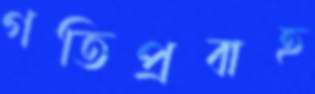
গতিপ্রবাহ